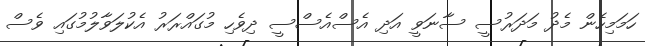
ހަމަމިހެން މެދު މަދަރުސީ ސާނަވީ އަދި އެސްއެސްސީ ދިވެހި މުގައްރަރު އެކުލަވާލުމުގައި ވެސް